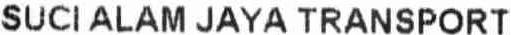
SUCI ALAM JAYA TRANSPORT